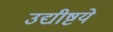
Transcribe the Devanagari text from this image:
उद्यीष्टये